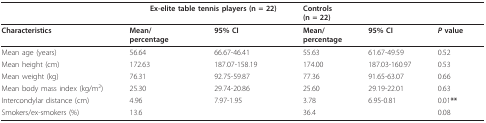
<table><thead><tr><td></td><td colspan="2"><b>Ex-elite table tennis players (n = 22)</b></td><td colspan="2"><b>Controls(n = 22)</b></td><td></td></tr></thead><tbody><tr><td><b>Characteristics</b></td><td><b>Mean/</b><b>percentage</b></td><td><b>95% CI</b></td><td><b>Mean/</b><b>percentage</b></td><td><b>95% CI</b></td><td><b><i>P </i>value</b></td></tr><tr><td>Mean age (years)</td><td>56.64</td><td>66.67-46.41</td><td>55.63</td><td>61.67-49.59</td><td>0.52</td></tr><tr><td>Mean height (cm)</td><td>172.63</td><td>187.07-158.19</td><td>174.00</td><td>187.03-160.97</td><td>0.53</td></tr><tr><td>Mean weight (kg)</td><td>76.31</td><td>92.75-59.87</td><td>77.36</td><td>91.65-63.07</td><td>0.66</td></tr><tr><td>Mean body mass index (kg/m<sup>2</sup>)</td><td>25.30</td><td>29.74-20.86</td><td>25.60</td><td>29.19-22.01</td><td>0.63</td></tr><tr><td>Intercondylar distance (cm)</td><td>4.96</td><td>7.97-1.95</td><td>3.78</td><td>6.95-0.81</td><td>0.01<b>**</b></td></tr><tr><td>Smokers/ex-smokers (%)</td><td>13.6</td><td></td><td>36.4</td><td></td><td>0.08</td></tr></tbody></table>